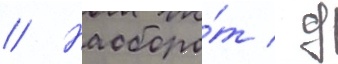
// Наоборо́т / д